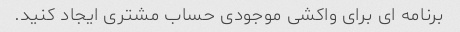
برنامه ای برای واکشی موجودی حساب مشتری ایجاد کنید.